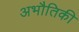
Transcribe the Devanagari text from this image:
अभौतिकी